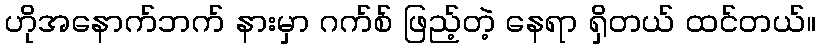
ဟိုအနောက်ဘက် နားမှာ ဂက်စ် ဖြည့်တဲ့ နေရာ ရှိတယ် ထင်တယ်။